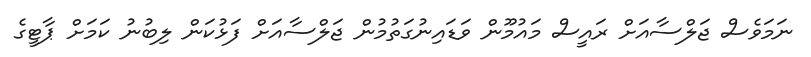
ނަމަވެސް ޖަލްސާއަށް ރައީސް މައުމޫން ވަޑައިނުގަތުމުން ޖަލްސާއަށް ފަޅުކަން ލިބުނު ކަމަށް ޕާޓީގެ